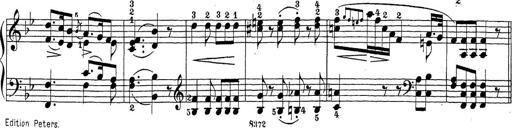
Title: Sonatina Album
Composer: Louis KÃ¶hler